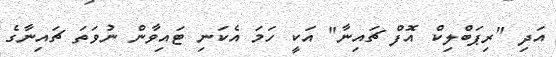
އަދި "ރިޕަބްލިކް އޮފް ޗައިނާ" އަކީ ހަމަ އެކަނި ޓައިވާން ނުވަތަ ޗައިނާގެ